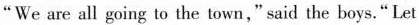
"We are all going to the town," said the boys." Let